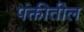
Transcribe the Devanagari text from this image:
पंक्तीतील